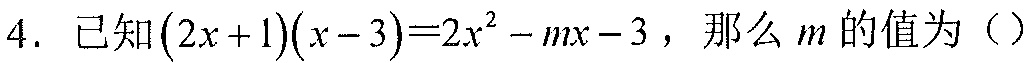
4. 已知\((2x + 1)(x - 3)=2x^{2}-mx - 3\)，那么\(m\)的值为（）